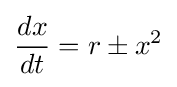
{\frac {dx}{dt}}=r\pm x^{2}